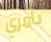
بأمري